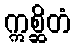
ဣစ္ဆိတံ